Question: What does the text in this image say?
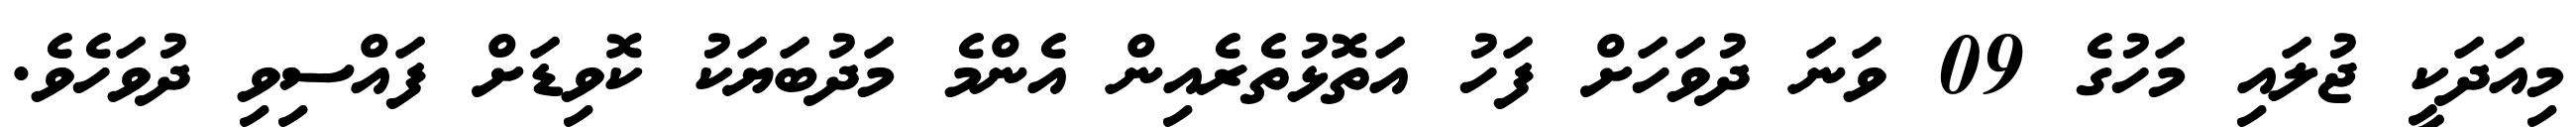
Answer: މިއަދަކީ ޖުލައި މަހުގެ 09 ވަނަ ދުވަހަށް ފަހު އަތޮޅުތެރެއިން އެންމެ މަދުބަޔަކު ކޮވިޑަށް ފައްސިވި ދުވަހެވެ.